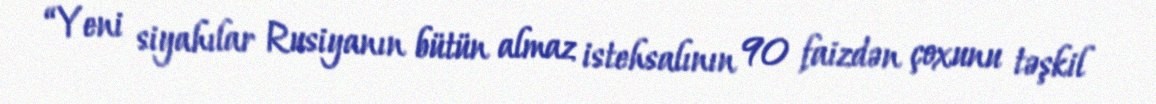
“Yeni siyahılar Rusiyanın bütün almaz istehsalının 90 faizdən çoxunu təşkil